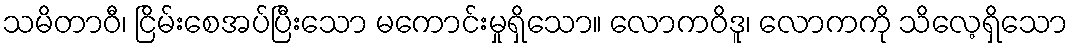
သမိတာဝီ၊ ငြိမ်းစေအပ်ပြီးသော မကောင်းမှုရှိသော။ လောကဝိဒူ၊ လောကကို သိလေ့ရှိသော